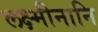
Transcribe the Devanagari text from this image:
लक्ष्मीनानि